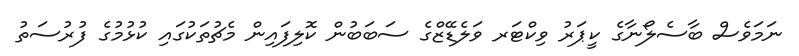
ނަމަވެސް ބާސެލޯނާގެ ކީޕަރު ވިކްޓަރ ވަލެޑޭޒްގެ ސަބަބުން ކޮލިފައިން މެޗުތަކުގައި ކުޅުމުގެ ފުރުސަތު